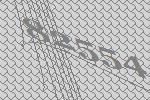
82554